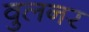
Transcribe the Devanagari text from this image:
वुलनर